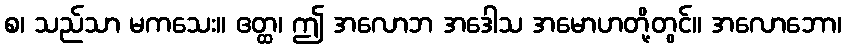
စ၊ သည်သာ မကသေး။ ဧတ္ထ၊ ဤ အလောဘ အဒေါသ အမောဟတို့တွင်။ အလောဘော၊